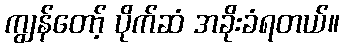
ကျွန်တော့် ပိုက်ဆံ အခိုးခံရတယ်။